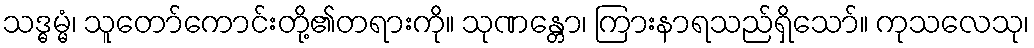
သဒ္ဓမ္မံ၊ သူတော်ကောင်းတို့၏တရားကို။ သုဏန္တော၊ ကြားနာရသည်ရှိသော်။ ကုသလေသု၊